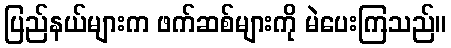
ပြည်နယ်များက ဖက်ဆစ်များကို မဲပေးကြသည်။